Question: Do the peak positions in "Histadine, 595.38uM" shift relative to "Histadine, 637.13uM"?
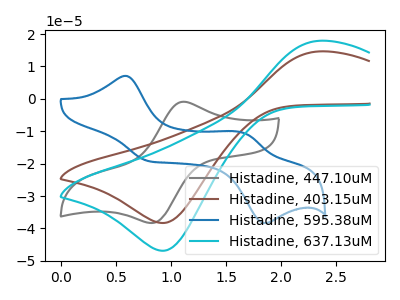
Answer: <think>The gray curve "Histadine, 447.10uM" has an anodic peak at (1.10V, -0.90uA) and a cathodic peak at (0.85V, -38.30uA). The brown curve "Histadine, 403.15uM" has an anodic peak at (2.35V, 14.60uA) and a cathodic peak at (0.95V, -38.30uA). The blue curve "Histadine, 595.38uM" has anodic peaks at (0.60V, 7.10uA) (1.65V, -10.60uA) and cathodic peaks at (0.80V, -19.15uA) (1.85V, -38.30uA). The cyan curve "Histadine, 637.13uM" has an anodic peak at (2.35V, 17.90uA) and a cathodic peak at (0.95V, -46.85uA).
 "Histadine, 595.38uM" and "Histadine, 637.13uM" have a different number of peaks.</think>
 <answer>Yes, "Histadine, 595.38uM" and "Histadine, 637.13uM" are different in shape.</answer>
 <eval>yes_change</eval>